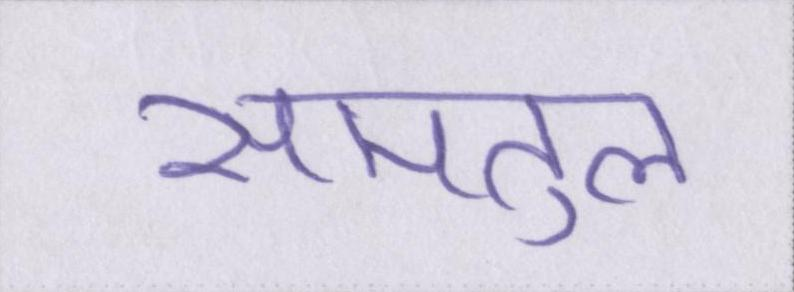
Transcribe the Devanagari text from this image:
समतुल